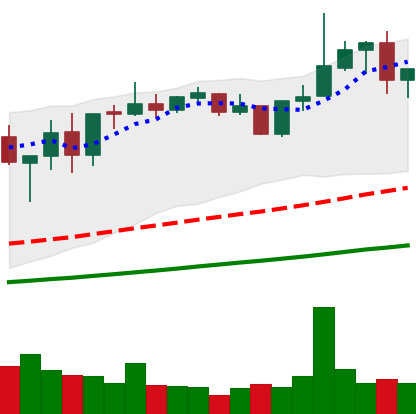
Ticker: XMR-USD
Chart end date: 2021-05-11
Forward return: -13.806%
Label: down_7plus